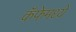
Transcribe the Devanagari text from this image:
कॅफेमध्ये